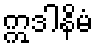
ဣဒါနိမံ